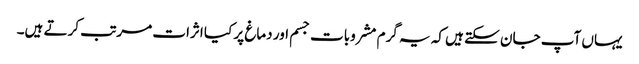
یہاں آپ جان سکتے ہیں کہ یہ گرم مشروبات جسم اور دماغ پر کیا اثرات مرتب کرتے ہیں۔